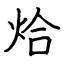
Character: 烚